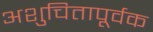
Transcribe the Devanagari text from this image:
अशुचितापूर्वक